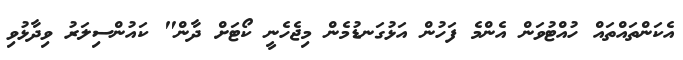
އެކަންތައްތައް ހުއްޓުވަން އެންމެ ފަހުން އަޅުގަނޑުމެން މިޖެހެނީ ކޯޓަށް ދާން" ކައުންސިލަރު ވިދާޅުވި